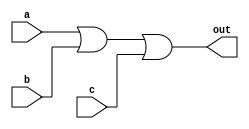
module kmap(input a,input b,input c,output out);
  assign out = a|b|c;
endmodule